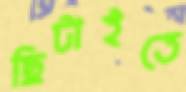
ছিটাইতে